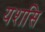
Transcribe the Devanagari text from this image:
यशसि